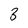
Character: 3